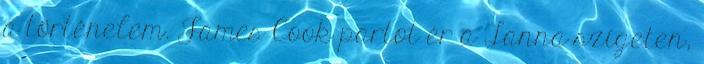
a történelem. James Cook partot ér a Tanna szigeten,